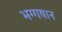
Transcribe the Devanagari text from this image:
भग्गवान